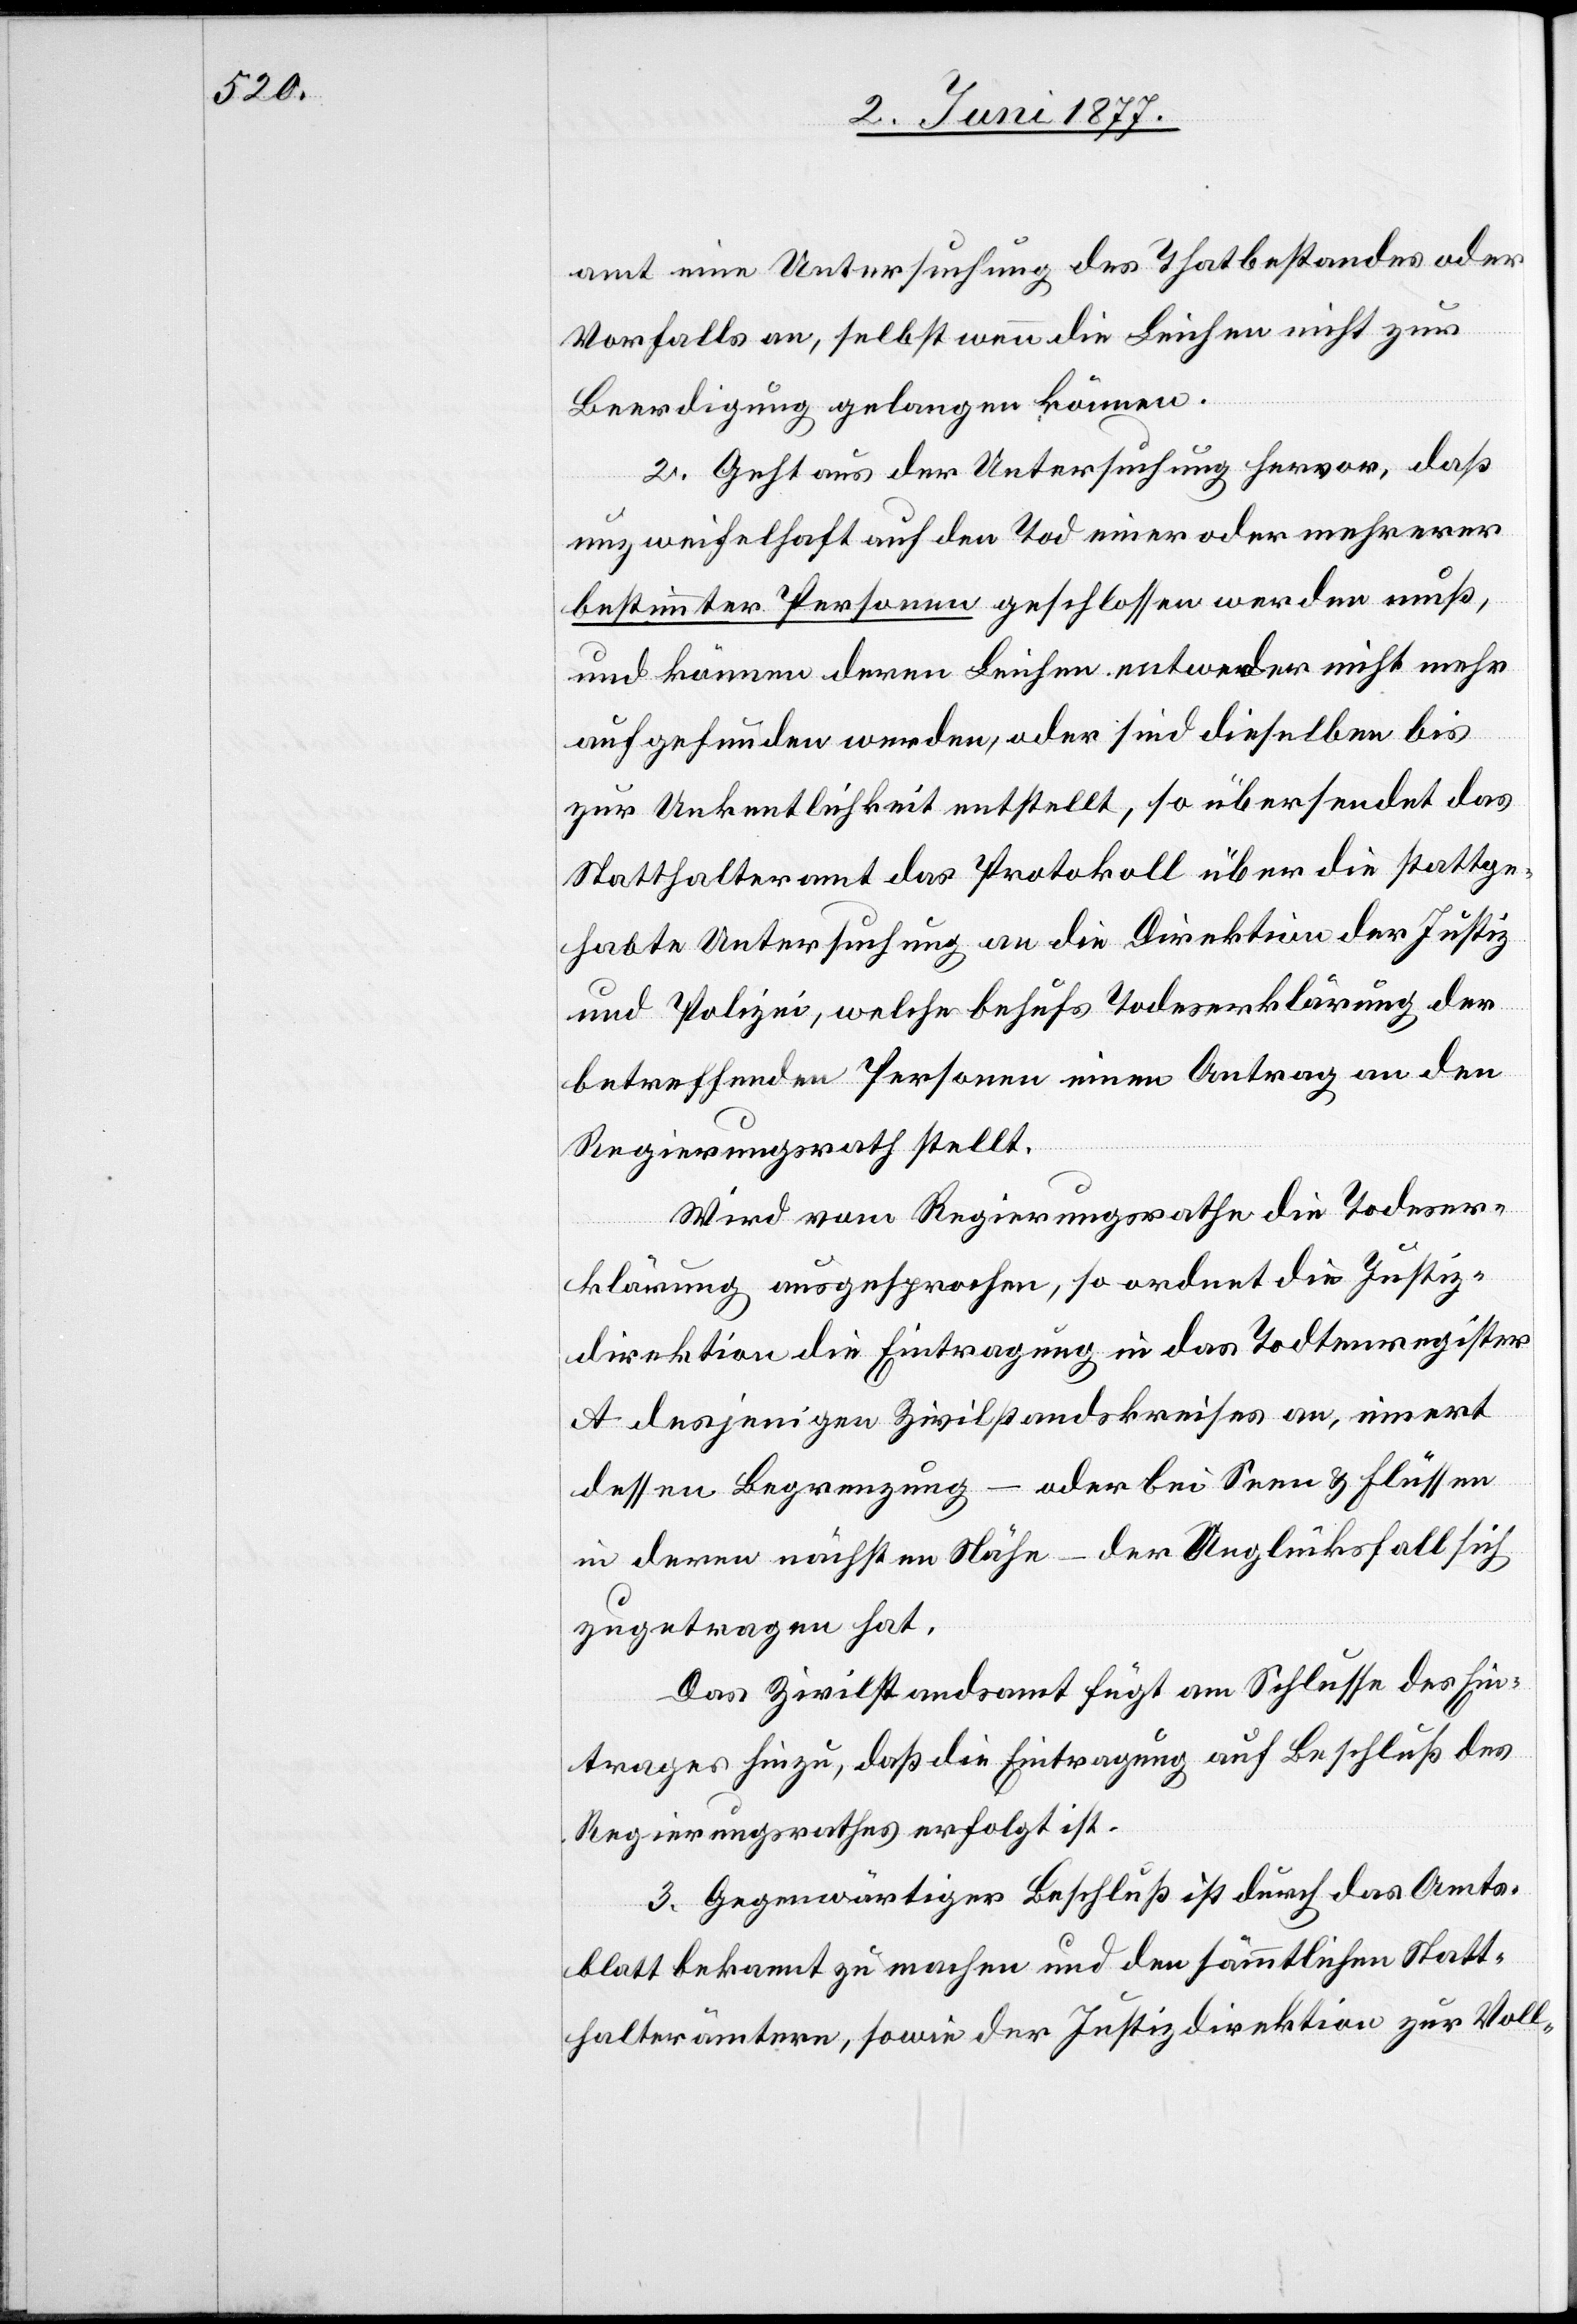
amt eine Untersuchung des Thatbestandes oder
Vorfalls an, selbst wenn die Leichen nicht zur
Beerdigung gelangen können.
2. Geht aus der Untersuchung hervor, daß
unzweifelhaft auf den Tod einer oder mehrerer
bestimmter Personen geschlossen werden muß,
und können deren Leichen entweder nicht mehr
aufgefunden werden, oder sind dieselben bis
zur Unkenntlichkeit entstellt, so übersendet das
Statthalteramt das Protokoll über die stattge¬
habte Untersuchung an die Direktion der Justiz
und Polizei, welche behufs Todeserklärung der
betreffenden Personen einen Antrag an den
Regierungsrath stellt.
Wird vom Regierungsrathe die Todeser¬
klärung ausgesprochen, so ordnet die Justiz¬
direktion die Eintragung in das Todtenregister
A desjenigen Zivilstandskreises an, innert
dessen Begrenzung – oder bei Seen & Flüssen
in deren nächsten Nähe – der Unglücksfall sich
zugetragen hat.
Das Zivilstandsamt fügt am Schlusse des Ein¬
trages hinzu, daß die Eintragung auf Beschluß des
Regierungsrathes erfolgt ist.
3. Gegenwärtiger Beschluß ist durch das Amts¬
blatt bekannt zu machen und den sämmtlichen Statt¬
halterämtern, sowie der Justizdirektion zur Voll-